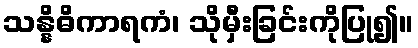
သန္နိဓိကာရကံ၊ သိုမှီးခြင်းကိုပြု၍။